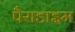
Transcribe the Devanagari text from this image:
पैराडाइम